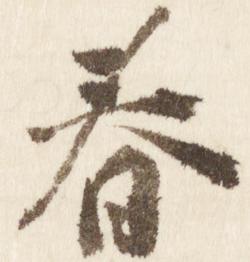
春